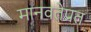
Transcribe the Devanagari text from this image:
मानवतेप्रत